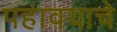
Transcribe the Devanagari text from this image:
पहावयाचे